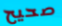
صحيح